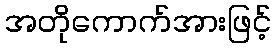
အတိုကောက်အားဖြင့်